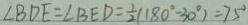
\angle B D E = \angle B E D = \frac { 1 } { 2 } ( 1 8 0 ^ { \circ } - 3 0 ^ { \circ } ) = 7 5 ^ { \circ }